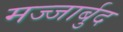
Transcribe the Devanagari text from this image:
मज्जार्बुद